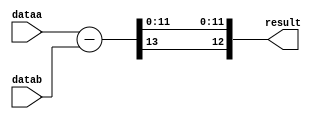
// custom 13-bit signed subtraction unit
// preserve the sign bit "temp_result[WIDTH]"
// drop "temp_result[WIDTH-1]"
// preserve temp_result[WIDTH-2:0]

module signed_sub
#(parameter WIDTH=13)
(
	input signed [WIDTH-1:0] dataa,
	input signed [WIDTH-1:0] datab,
	output [WIDTH-1:0] result
);

wire [WIDTH:0] temp_result;

assign temp_result = dataa - datab;

assign result = {temp_result[WIDTH], temp_result[WIDTH-2:0]};


endmodule